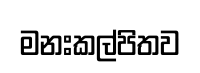
මනඃකල්පිතව